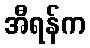
အီရန်က